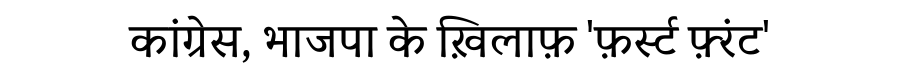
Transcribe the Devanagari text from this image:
कांग्रेस, भाजपा के ख़िलाफ़ 'फ़र्स्ट फ़्रंट'